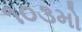
૧૦૩મો